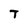
Character: T